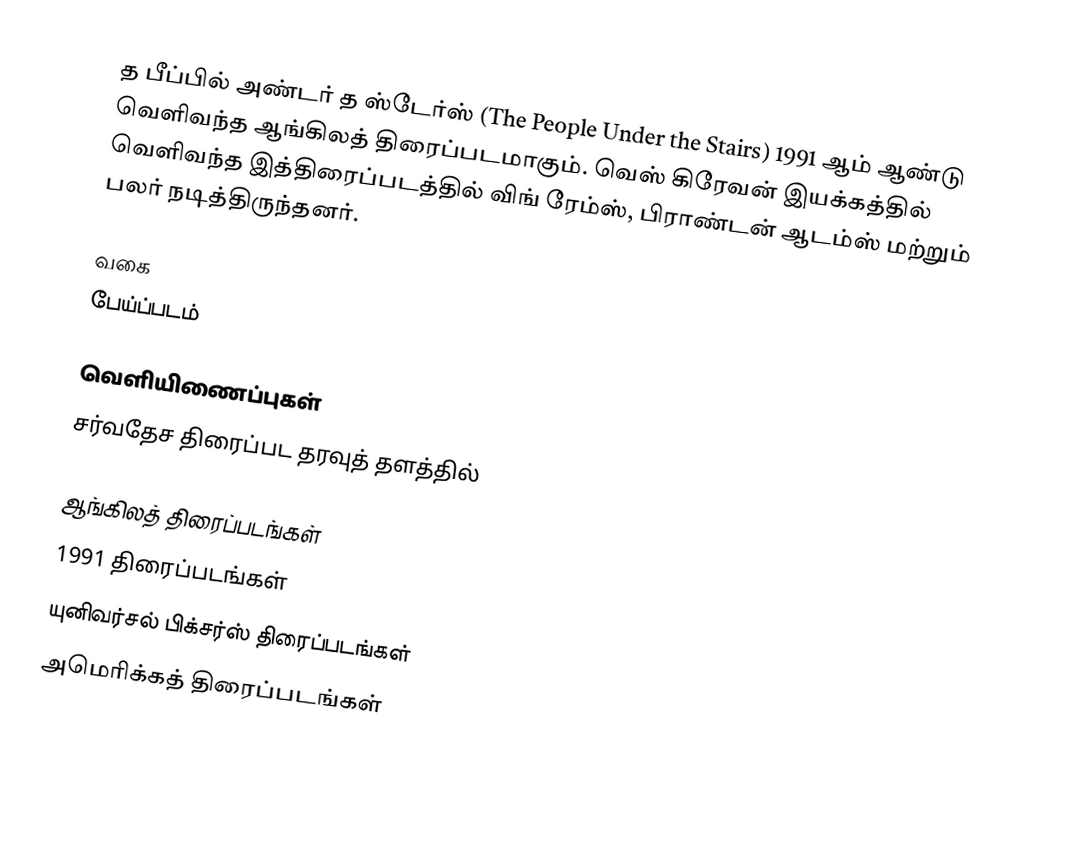
த பீப்பில் அண்டர் த ஸ்டேர்ஸ் (The People Under the Stairs) 1991 ஆம் ஆண்டு வெளிவந்த ஆங்கிலத் திரைப்படமாகும். வெஸ் கிரேவன் இயக்கத்தில் வெளிவந்த இத்திரைப்படத்தில் விங் ரேம்ஸ், பிராண்டன் ஆடம்ஸ் மற்றும் பலர் நடித்திருந்தனர்.

வகை
பேய்ப்படம்

வெளியிணைப்புகள்
 சர்வதேச திரைப்பட தரவுத் தளத்தில்

ஆங்கிலத் திரைப்படங்கள்
1991 திரைப்படங்கள்
யுனிவர்சல் பிக்சர்ஸ் திரைப்படங்கள்
அமெரிக்கத் திரைப்படங்கள்